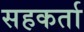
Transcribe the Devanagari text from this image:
सहकर्ता